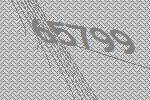
65799